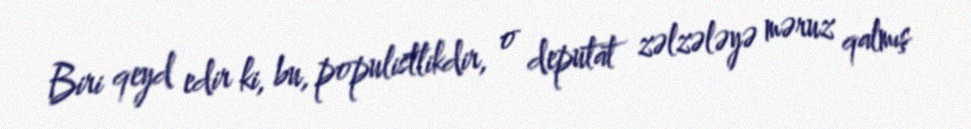
Biri qeyd edir ki, bu, populistlikdir, o deputat zəlzələyə məruz qalmış